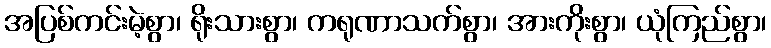
အပြစ်ကင်းမဲ့စွာ၊ ရိုးသားစွာ၊ ကရုဏာသက်စွာ၊ အားကိုးစွာ၊ ယုံကြည်စွာ၊